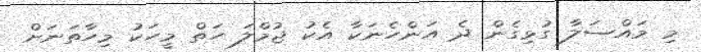
މި މައްސަލާ ގުޅިގެން ދެ އަންހެނަކާ އެކު ޖުމްލަ ހަތް މީހަކު މިހާތަނަށް